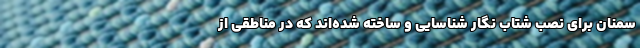
سمنان برای نصب شتاب نگار شناسایی و ساخته شده‌اند که در مناطقی از